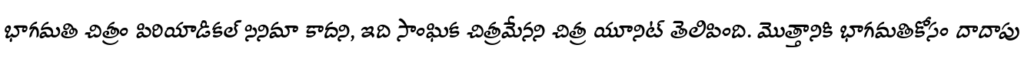
భాగమతి చిత్రం పిరియాడికల్ సినిమా కాదని, ఇది సాంఘిక చిత్రమేనని చిత్ర యూనిట్ తెలిపింది. మొత్తానికి భాగమతికోసం దాదాపు